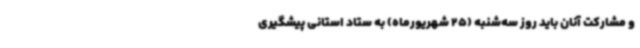
و مشارکت آنان باید روز سه‌شنبه (25 شهریورماه) به ستاد استانی پیشگیری